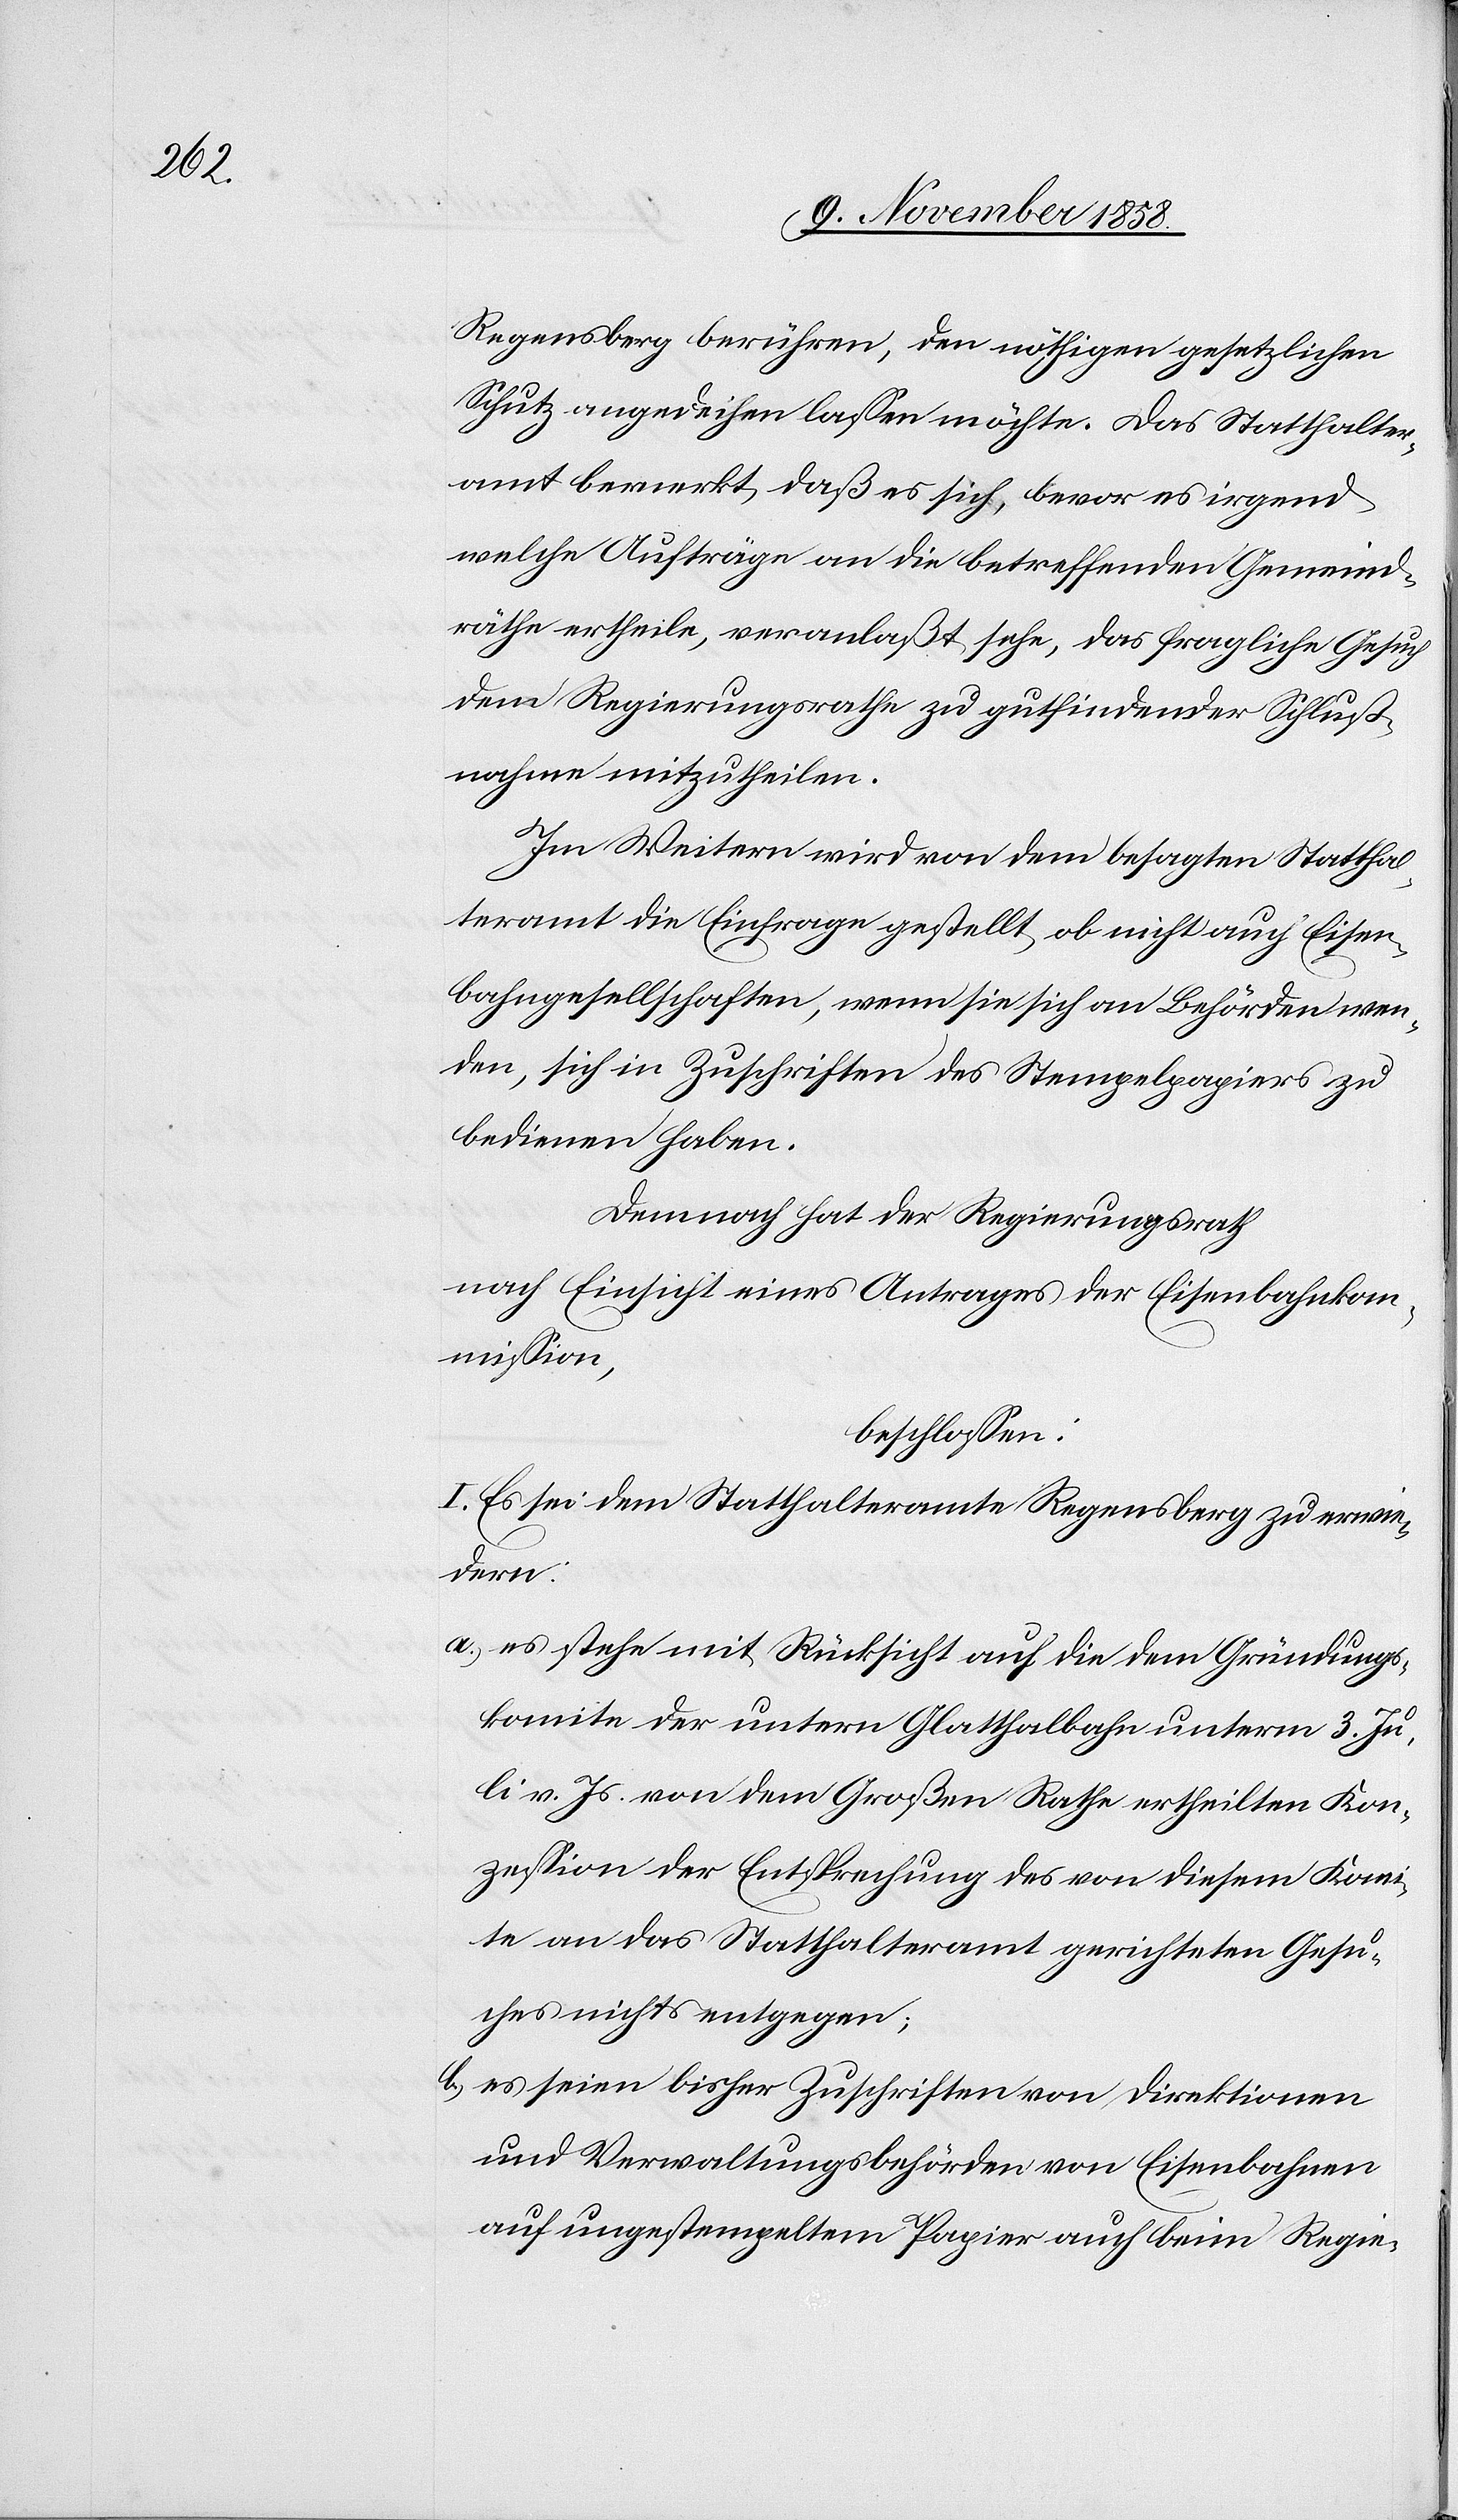
Regensberg berühren, den nöthigen gesetzlichen
Schutz angedeihen lassen möchte. Das Statthalter¬
amt bemerkt, daß es sich, bevor es irgend
welche Aufträge an die betreffenden Gemeind¬
räthe ertheile, veranlaßt sehe, das fragliche Gesuch
dem Regierungsrathe zu gutfindender Schluß¬
nahme mitzutheilen.
Im Weitern wird von dem besagten Statthal¬
teramt die Einfrage gestellt, ob nicht auch Eisen¬
bahngesellschaften, wenn sie sich an Behörden wen¬
den, sich in Zuschriften des Stempelpapiers zu
bedienen haben.
Demnach hat der Regierungsrath
nach Einsicht eines Antrages der Eisenbahnkom¬
mission,
beschlossen:
I. Es sei dem Statthalteramte Regensberg zu erwie¬
dern:
es stehe mit Rücksicht auf die dem Gründungs¬
komite der untern Glatthalbahn unterm 3. Ju¬
li v. Js. von dem Großen Rathe ertheilten Kon¬
zession der Entsprechung des von diesem Komi¬
te an das Statthalteramt gerichteten Gesu¬
ches nichts entgegen;
es seien bisher Zuschriften von Direktionen
und Verwaltungsbehörden von Eisenbahnen
auf ungestempeltem Papier auch beim Regie-